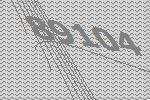
89104